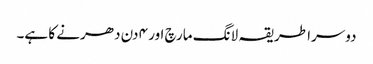
دوسرا طریقہ لانگ مارچ اور ۴ دن دھرنے کا ہے۔